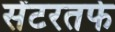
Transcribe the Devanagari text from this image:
सेंटरतर्फे